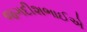
જગદીશભાઈએ